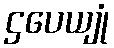
ဌပေယျုံ